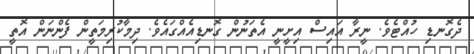
ދެގޮނޑި ހުއްޓެވެ. ނީރާ އައިސް އިށީނީ އެތަނުން ގޮނޑިއެއްގައެވެ. ދިމާކުރިމަތީން ފެންނަން އޮތީ